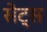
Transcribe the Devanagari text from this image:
सेट्‌स